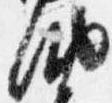
納